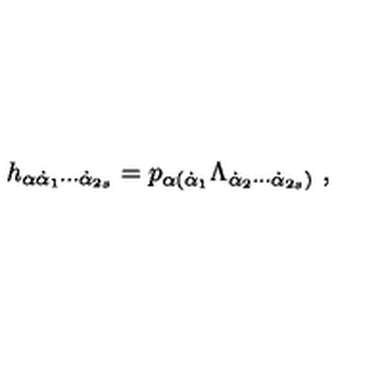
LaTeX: h _ { \alpha \dot { \alpha } _ { 1 } \cdots \dot { \alpha } _ { 2 s } } = p _ { \alpha ( \dot { \alpha } _ { 1 } } \Lambda _ { \dot { \alpha } _ { 2 } \cdots \dot { \alpha } _ { 2 s } ) } \ ,